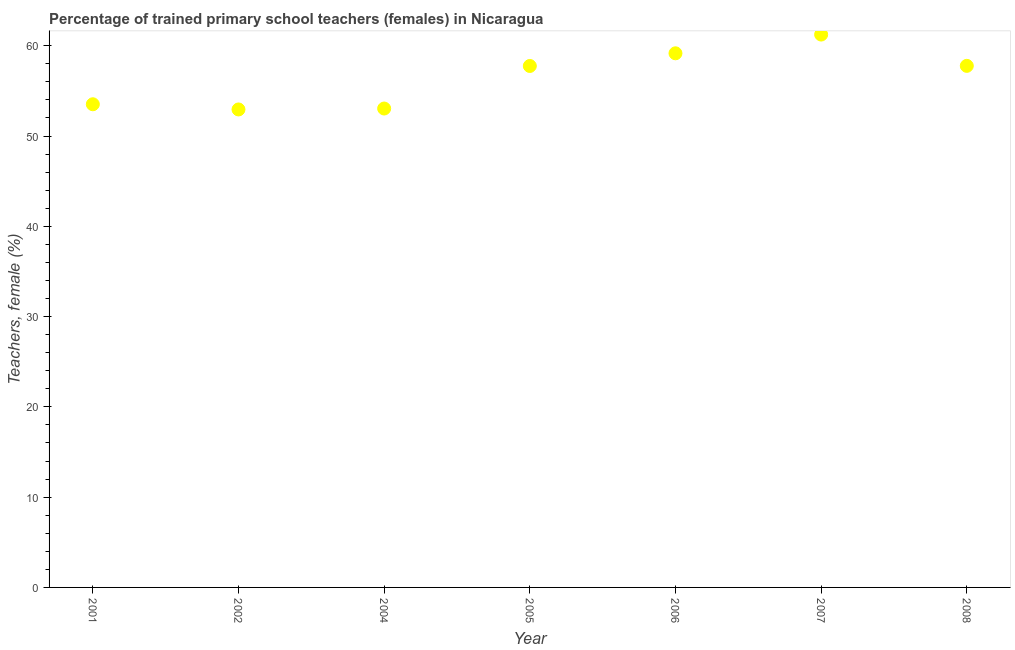
| Year | Trained teachers female |
 | --- | --- |
 | 2001 | 53.5 |
 | 2002 | 52.9 |
 | 2004 | 53 |
 | 2005 | 57.8 |
 | 2006 | 59.2 |
 | 2007 | 61.2 |
 | 2008 | 57.8 |